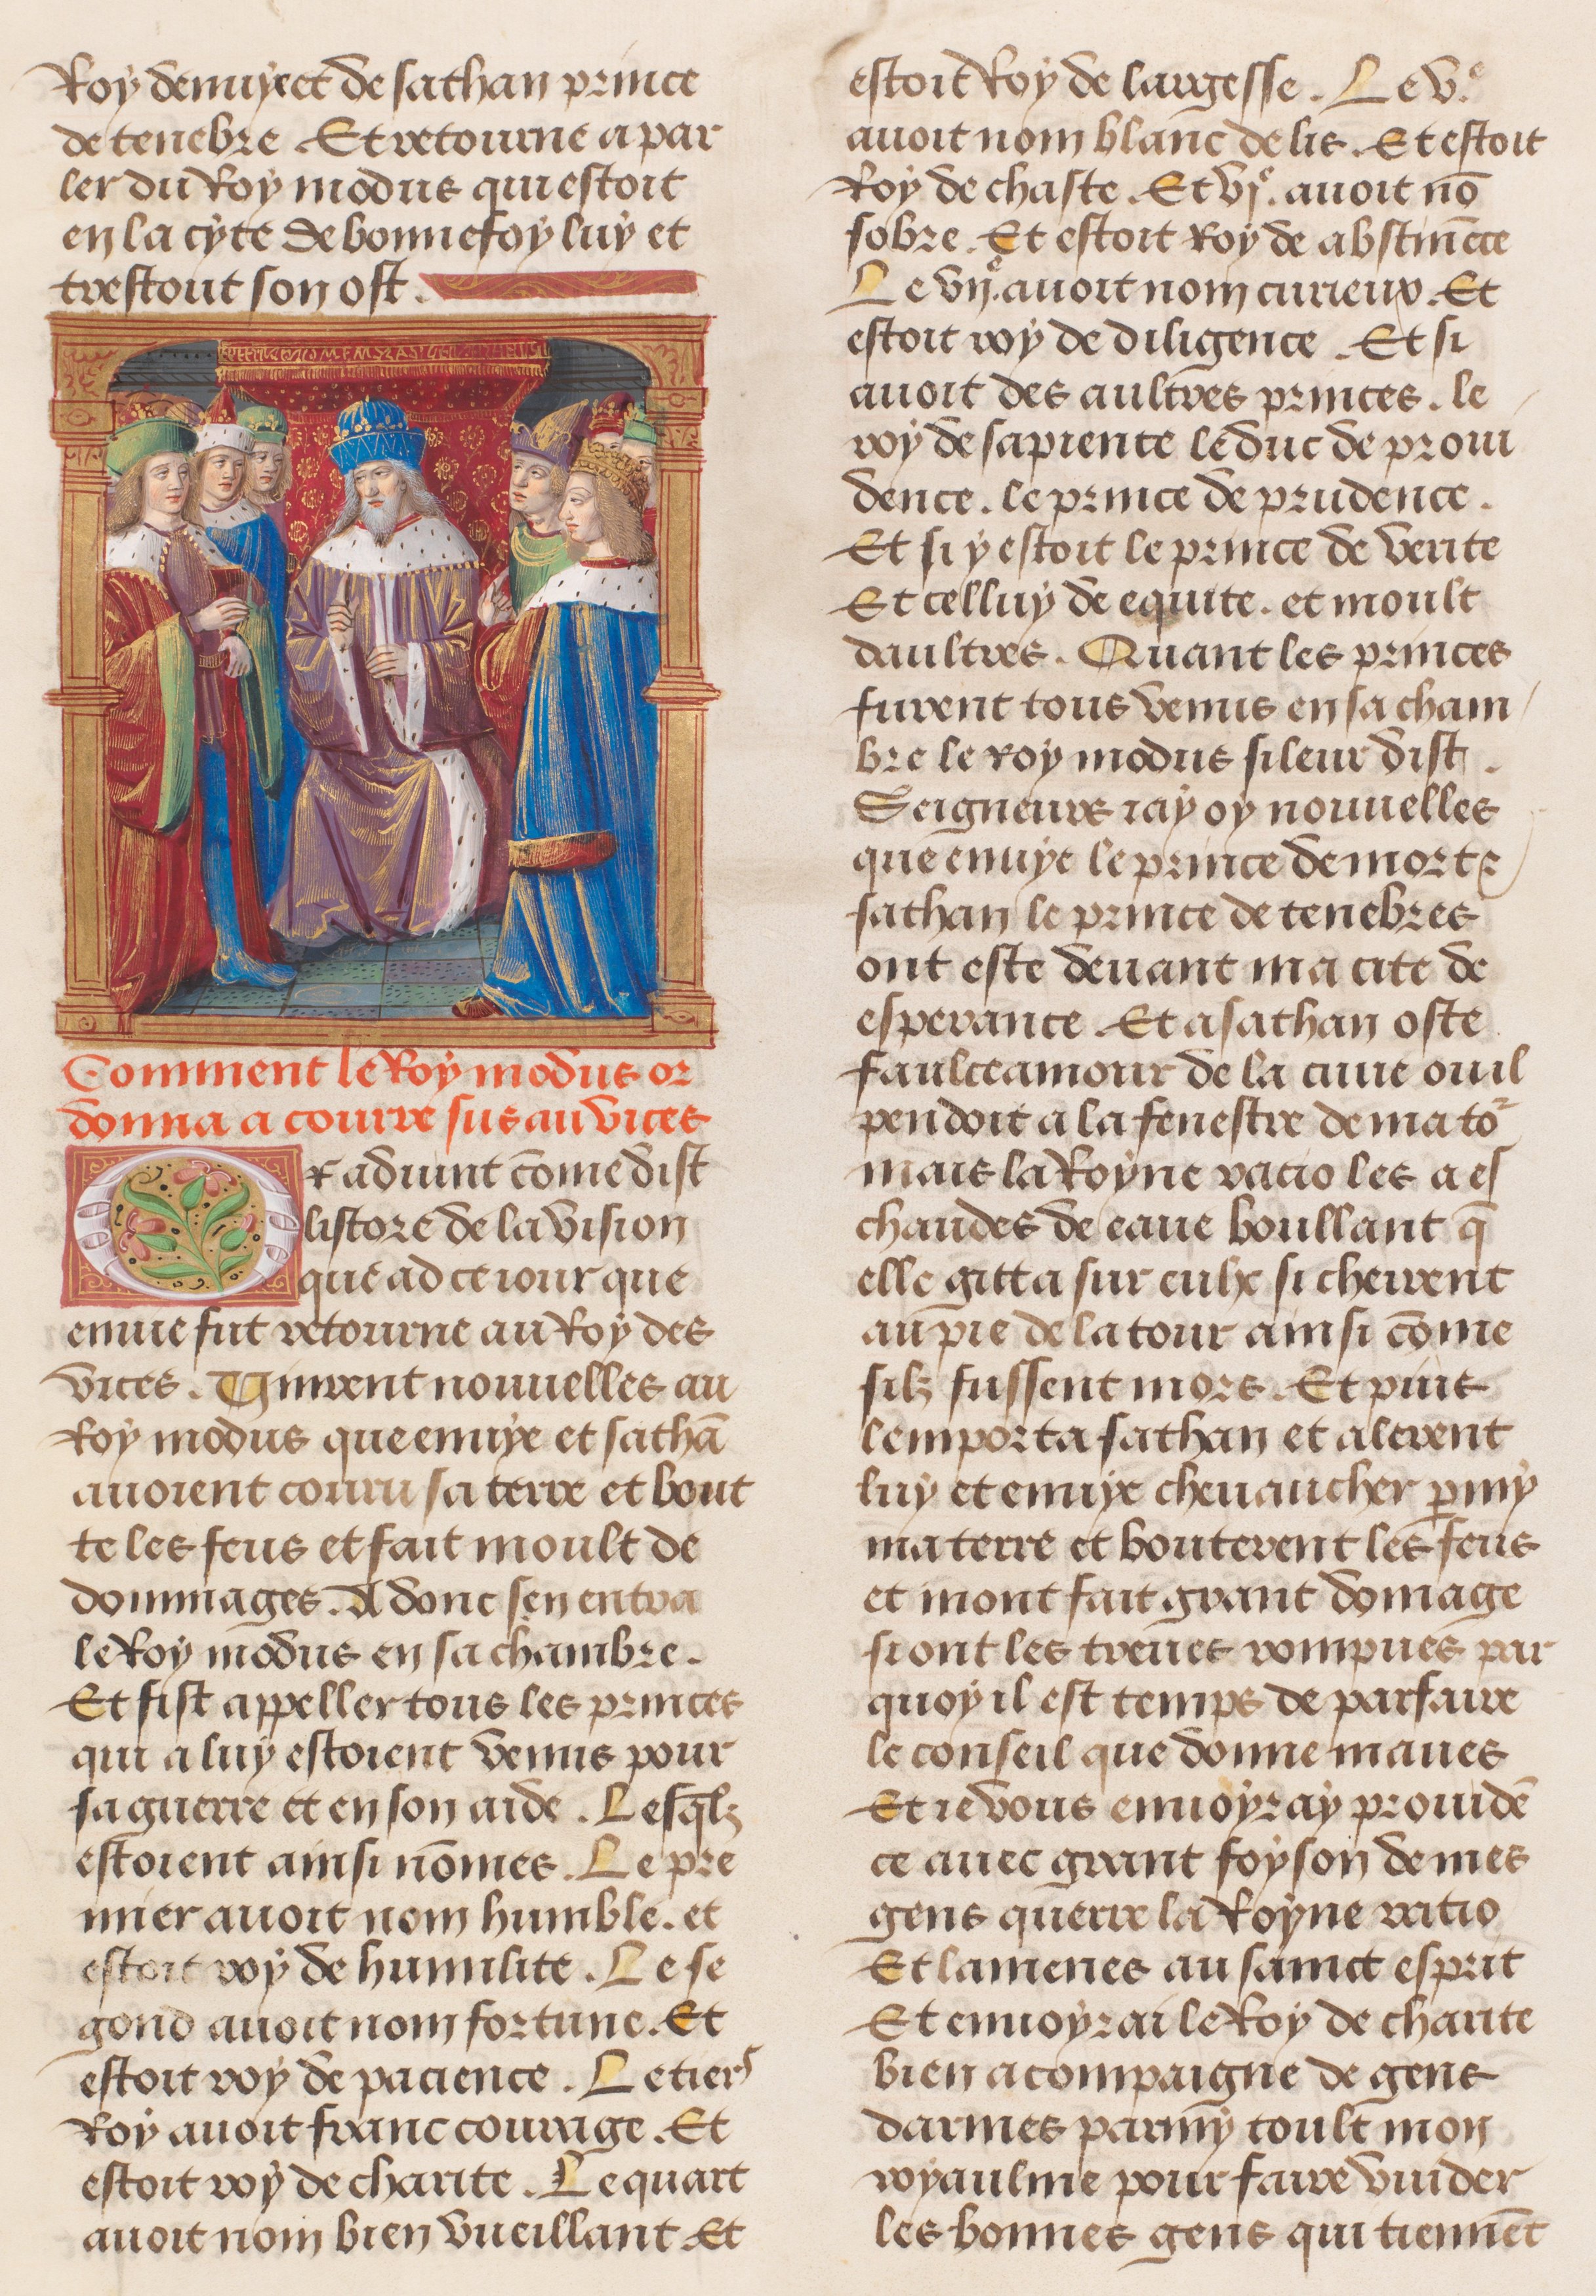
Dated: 1491–1498